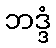
ဘဒ္ဒံ